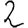
Digit: 2